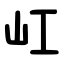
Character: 屸